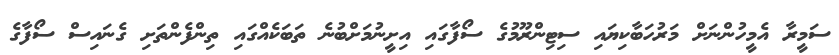
ސަމީރާ އެމީހުންނަށް މަރުހަބާކިޔައި ސިޓިންރޫމުގެ ސޯފާގައި އިށީނުމަށްބުނެ ތަބަކެއްގައި ތިންފެންތަށި ގެނައިސް ސޯފާގެ